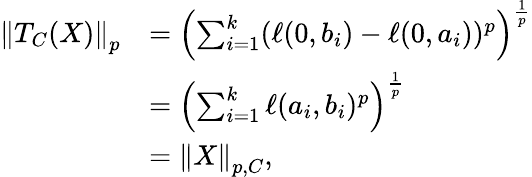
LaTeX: \begin{array}{rl}{\left\| T_{C}(X)\right\| _{p}}&{=\left(\sum_{i=1}^{k}(\ell(0,b_{i})-\ell(0,a_{i}))^{p}\right)^{\frac{1}{p}}}\\ &{=\left(\sum_{i=1}^{k}\ell(a_{i},b_{i})^{p}\right)^{\frac{1}{p}}}\\ &{=\left\| X\right\| _{p,C},}\end{array}